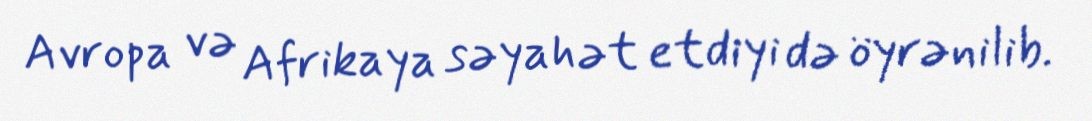
Avropa və Afrikaya səyahət etdiyi də öyrənilib.